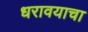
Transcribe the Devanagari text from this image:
धरावयाचा